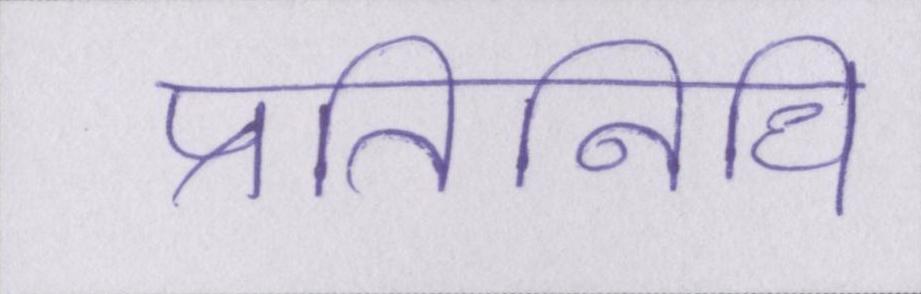
प्रतिनिधि